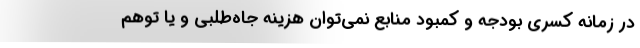
در زمانه کسری بودجه و کمبود منابع نمی‌توان هزینه جاه‌طلبی و یا توهم